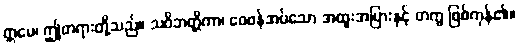
ဣမေ၊ ဤတရားတို့သည်။ သဝိဘတ္တိကာ၊ ဝေဖန်အပ်သော အထူးအပြားနှင့် တကွ ဖြစ်ကုန်၏။